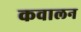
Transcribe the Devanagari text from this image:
कवालन